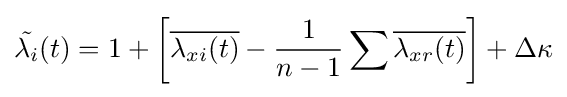
{\tilde {\lambda _{i}}}(t)=1+\left[{\overline {\lambda _{xi}(t)}}-{\frac {1}{n-1}}\sum {\overline {\lambda _{xr}(t)}}\right]+\Delta \kappa